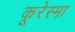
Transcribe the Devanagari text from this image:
कूरेस्मा